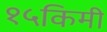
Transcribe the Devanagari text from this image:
१५किमी